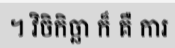
។ វិចិកិច្ឆា ក៏ គឺ ការ